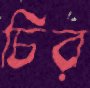
চির